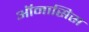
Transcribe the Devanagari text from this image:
ऑनासिस